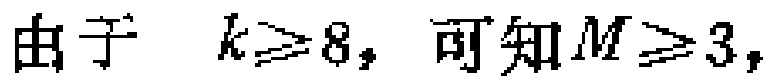
由于 \(k\geq 8\)，可知 \(M\geq 3\)，